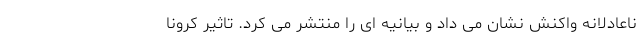
ناعادلانه واکنش نشان می داد و بیانیه ای را منتشر می کرد. تاثیر کرونا